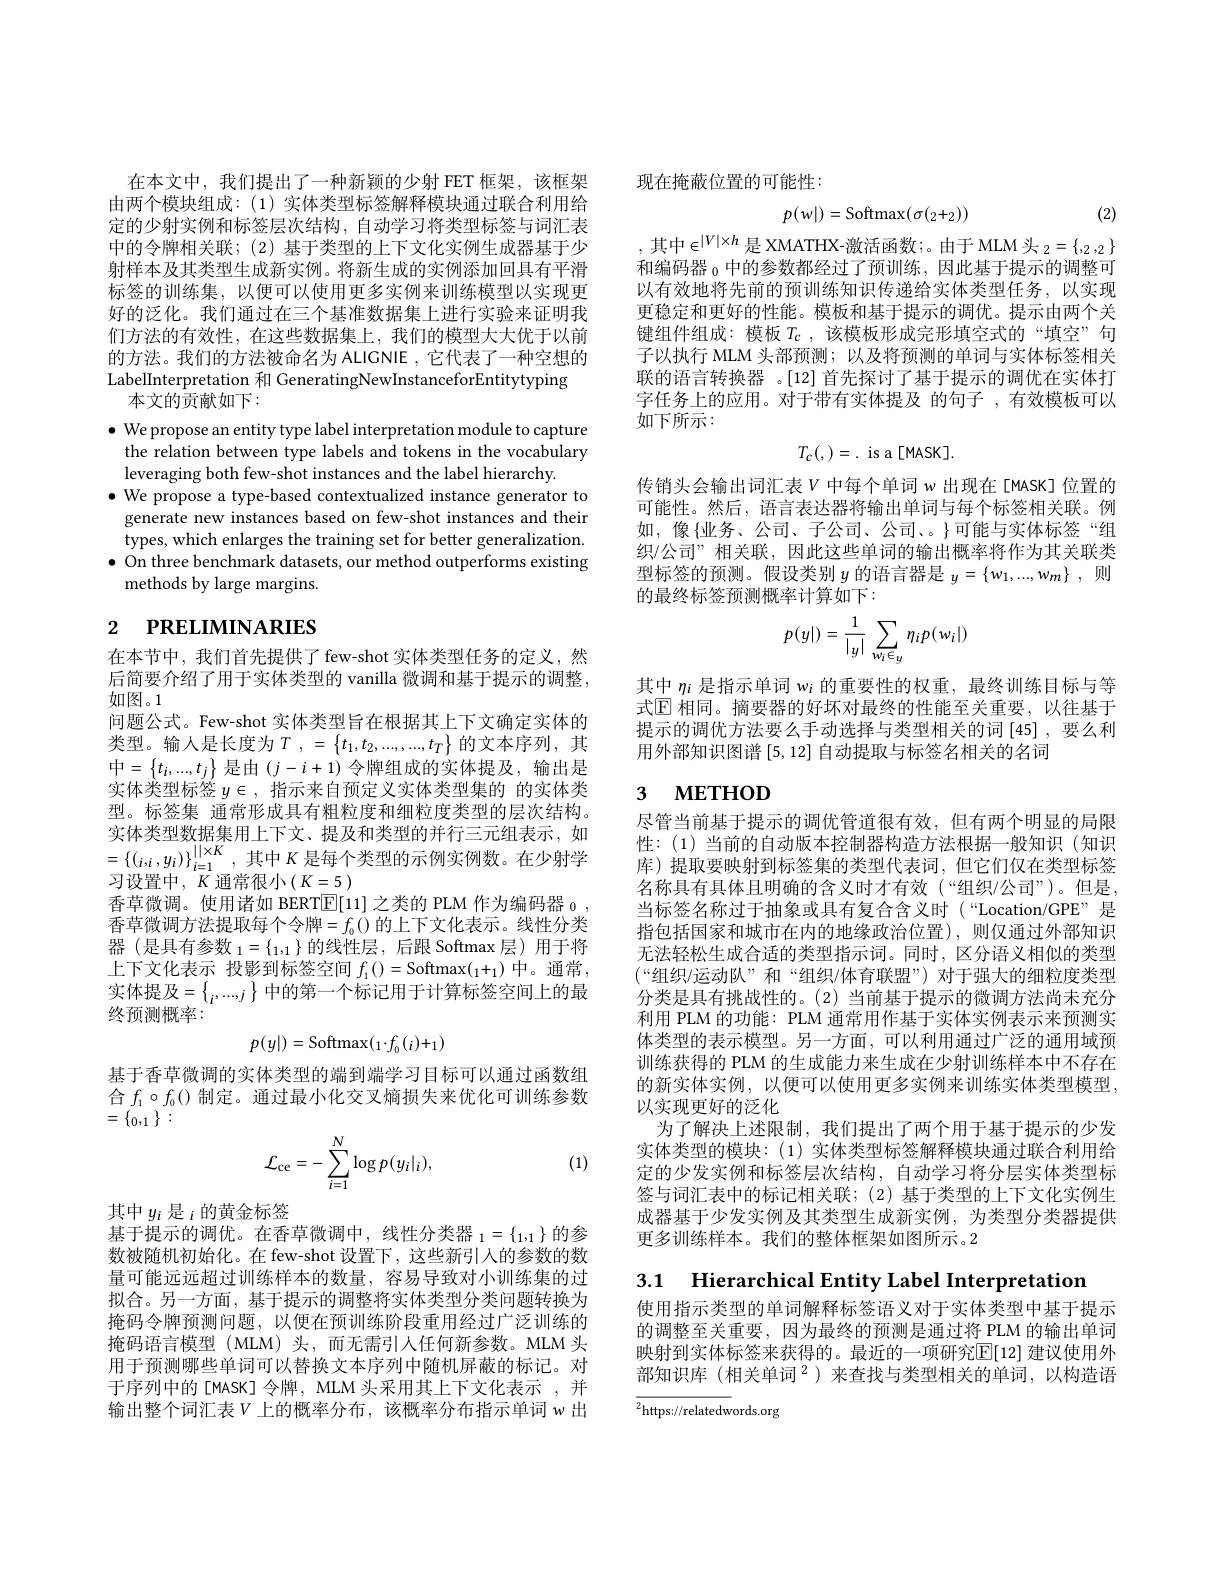
在本文中，我们提出了一种新颖的少射 FET 框架，该框架由两个模块组成：(1)实体类型标签解释模块通过联合利用给定的少射实例和标签层次结构，自动学习将类型标签与词汇表中的令牌相关联；(2)基于类型的上下文化实例生成器基于少射样本及其类型生成新实例。将新生成的实例添加回具有平滑标签的训练集，以便可以使用更多实例来训练模型以实现更好的泛化。我们通过在三个基准数据集上进行实验来证明我们方法的有效性，在这些数据集上，我们的模型大大优于以前的方法。我们的方法被命名为 ALIGNIE ,它代表了一种空想的LabelInterpretation 和 GeneratingNewInstanceforEntitytyping
本文的贡献如下：
$\bullet$ We propose an entity type label interpretation module to capture
the relation between type labels and tokens in the vocabulary
leveraging both few-shot instances and the label hierarchy.
$\bullet$ We propose a type-based contextualized instance generator to generate new instances based on few-shot instances and their types, which enlarges the training set for better generalization
$\bullet$ On three benchmark datasets, our method outperforms existing
methods by large margins.

# 2 РRELIМINARIES

在本节中，我们首先提供了few-shot 实体类型任务的定义，然后简要介绍了用于实体类型的 vanilla 微调和基于提示的调整， 如图。1
问题公式。Few-shot 实体类型旨在根据其上下文确定实体的类型。输入是长度为$T$ , $= \left \{ t_1, t_2, . . . , . . , t_T\right \}$的文本序列，其$中=\left\{t_{i},...,t_{j}\right\}$是由$(j-i+1)$令牌组成的实体提及，输出是实体类型标签$y\in$,指示来自预定义实体类型集的 的实体类型。标签集 通常形成具有粗粒度和细粒度类型的层次结构。实体类型数据集用上下文、提及和类型的并行三元组表示，如$=\{(_{i,i},y_{i})\}_{i=1}^{||\times K}$,其中$K$是每个类型的示例实例数。在少射学习设置中，$K$ 通常很小$(K=\underline5)$
香草微调。使用诸如 BERT$\overline{\mathbb{E}}[11]$之类的 PLM 作为编码器$_0$, 香草微调方法提取每个令牌$=f_0($)的上下文化表示。线性分类器 (是具有参数$_1= \{ _1, 1\}$的 线 性 层 , 后 跟 Softmax层 ) 用 于 将 上下文化表示 投影到标签空间$f_1()=$Softmax$(_1+_1)$中。通常， 实体提及$=\left\{_i,...,_j\right\}$中的第一个标记用于计算标签空间上的最终预测概率：
$$p(y|)=\mathrm{Softmax}(_1\cdot f_0(_i)+_1)$$
基于香草微调的实体类型的端到端学习目标可以通过函数组合$f_1\circ f_0($)制定。通过最小化交叉熵损失来优化可训练参数$=\{_{0,1}\}:$
$$\mathcal{L}_{\mathrm{ce}}=-\sum_{i=1}^{N}\log p(y_{i}|_{i}),$$
(1)

其中$y_i\text{ 是 }_i$的黄金标签
基于提示的调优。在香草微调中，线性分类器$_1=\{_{1,1}\}$的参数被随机初始化。在 few-shot 设置下，这些新引入的参数的数量可能远远超过训练样本的数量，容易导致对小训练集的过拟合。另一方面，基于提示的调整将实体类型分类问题转换为掩码令牌预测问题，以便在预训练阶段重用经过广泛训练的掩码语言模型(MLM)头，而无需引入任何新参数。MLM 头用于预测哪些单词可以替换文本序列中随机屏蔽的标记。对于序列中的[MASK]令牌，MLM 头采用其上下文化表示 ,并输出整个词汇表$V$ 上的概率分布，该概率分布指示单词 w 出

现在掩蔽位置的可能性：
$$p(w|)=\mathrm{Softmax}(\sigma(_2+_2))$$
(2)

,其中$\in^{|V|\times h}$是 XMATHX-激活函数；。由于 MLM 头$_2=\{,_2,_2\}$ 和编码器$_{0}$中的参数都经过了预训练，因此基于提示的调整可以有效地将先前的预训练知识传递给实体类型任务，以实现更稳定和更好的性能。模板和基于提示的调优。提示由两个关键组件组成：模板$T_c$,该模板形成完形填空式的“填空”句子以执行 MLM 头部预测；以及将预测的单词与实体标签相关联的语言转换器 。[12]首先探讨了基于提示的调优在实体打字任务上的应用。对于带有实体提及 的句子 ,有效模板可以如下所示：
$$T_{c}(,)=.\:\text{is a [MASK]}.$$
传销头会输出词汇表$V$ 中每个单词 w 出现在[MASK]位置的可能性。然后，语言表达器将输出单词与每个标签相关联。例如，像{业务、公司、子公司、公司、。}可能与实体标签“组织/公司”相关联，因此这些单词的输出概率将作为其关联类型标签的预测。假设类别 $y\text{ 的语言器是 }_y=\{w_1,...,w_m\}$,则的最终标签预测概率计算如下：
$$p(y|)=\dfrac{1}{|_y|}\sum_{w_i\in_y}\eta_ip(w_i|)$$
其中$\eta_i$是指示单词$w_i$的重要性的权重，最终训练目标与等式$\mathbb{E}$ 相同。摘要器的好坏对最终的性能至关重要，以往基于提示的调优方法要么手动选择与类型相关的词[45],要么利用外部知识图谱[5,12]自动提取与标签名相关的名词

# 3 МЕТНОД

尽管当前基于提示的调优管道很有效，但有两个明显的局限性：(1)当前的自动版本控制器构造方法根据一般知识(知识库) 提取要映射到标签集的类型代表词，但它们仅在类型标签名称具有具体且明确的含义时才有效(“组织/公司”)。但是当标签名称过于抽象或具有复合含义时(“Location/GPE”是指包括国家和城市在内的地缘政治位置),则仅通过外部知识无法轻松生成合适的类型指示词。同时，区分语义相似的类型$(“组织/运动队”和“组织/体育联盟”)$对于强大的细粒度类型分类是具有挑战性的。(2) 当前基于提示的微调方法尚未充分利用 PLM 的功能：PLM 通常用作基于实体实例表示来预测实体类型的表示模型。另一方面，可以利用通过广泛的通用域预训练获得的 PLM 的生成能力来生成在少射训练样本中不存在的新实体实例，以便可以使用更多实例来训练实体类型模型， 以实现更好的泛化
为了解决上述限制，我们提出了两个用于基于提示的少发实体类型的模块：(1)实体类型标签解释模块通过联合利用给定的少发实例和标签层次结构，自动学习将分层实体类型标签与词汇表中的标记相关联；(2)基于类型的上下文化实例生成器基于少发实例及其类型生成新实例，为类型分类器提供更多训练样本。我们的整体框架如图所示。2

3.1 Hierarchical Entity Label Interpretation

使用指示类型的单词解释标签语义对于实体类型中基于提示的调整至关重要，因为最终的预测是通过将 PLM 的输出单词映射到实体标签来获得的。最近的一项研究$\mathbb{E}[12]$ 建议使用外部知识库 (相关单词$^2$)来查找与类型相关的单词，以构造语

${\overline{{^2}}}{\mathrm{https://relatedw}}$ords.org